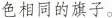
色相同的旗子。